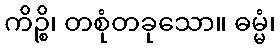
ကိဉ္စိ၊ တစုံတခုသော။ ဓမ္မံ၊